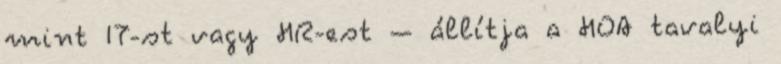
mint IT-st vagy HR-est – állítja a HOA tavalyi